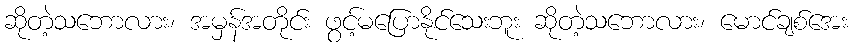
ဆိုတဲ့သဘောလား၊ အမှန်အတိုင်း ဖွင့်မပြောနိုင်သေးဘူး ဆိုတဲ့သဘောလား၊ မောင်ချစ်အေး